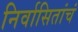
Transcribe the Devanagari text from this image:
निर्वासितांचं